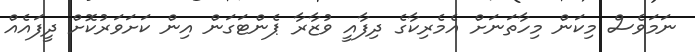
ނަމަވެސް މިކަން މިހާތަނަށް އެމެރިކާގެ ދިފާއީ ވުޒާރާ ޕެންޓަގަން އިން ކަށަވަރުކޮށް ދީފައެއް